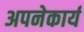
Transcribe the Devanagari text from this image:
अपनेकार्य